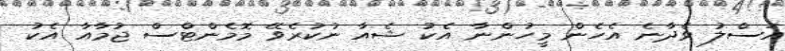
އަސްލު ވެދާނެ އެހެން މީހުންނާ އެކު ޝެއާ ނުކުރެވޭ މޮމެންޓްސް ޖުމާއާ އެކު